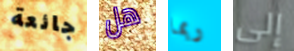
جائعة هل ربما إلى